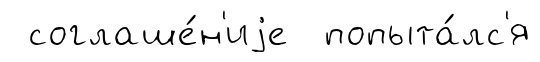
соглаше́н'иjе попыта́лс'я